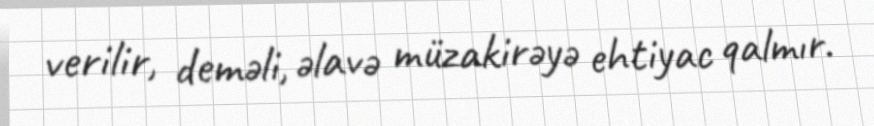
verilir, deməli, əlavə müzakirəyə ehtiyac qalmır.